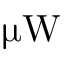
\upmu \mathrm { W }